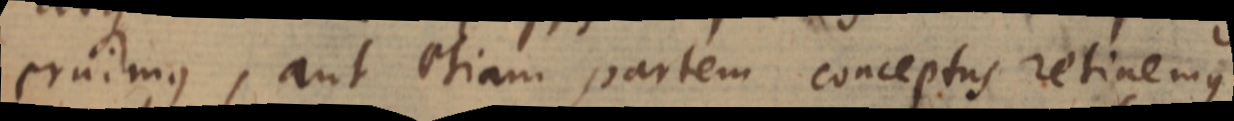
eruimus, aut etiam partem conceptus retinemus